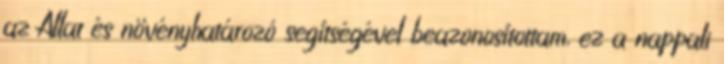
az Állat és növényhatározó segítségével beazonosítottam, ez a nappali